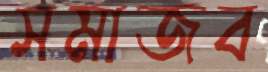
সমাজব